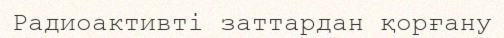
Радиоактивті заттардан қорғану